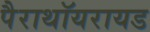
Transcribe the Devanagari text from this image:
पैराथॉयरायड